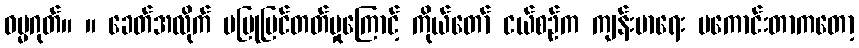
ဓမ္မဂုတ်။ ။ ခေတ်အလိုက် မပြုပြင်တတ်မှုကြောင့် ကိုယ်တော် ငယ်စဉ်က ကျန်းမာရေး မကောင်းတာကတော့